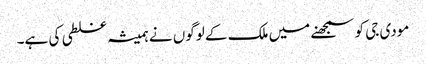
مودی جی کو سمجھنے میں ملک کے لوگوں نے ہمیشہ غلطی کی ہے۔